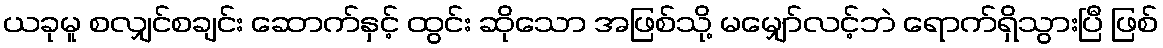
ယခုမူ စလျှင်စချင်း ဆောက်နှင့် ထွင်း ဆိုသော အဖြစ်သို့ မမျှော်လင့်ဘဲ ရောက်ရှိသွားပြီ ဖြစ်